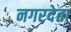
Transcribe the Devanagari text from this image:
नगरदेता